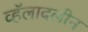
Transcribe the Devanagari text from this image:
व्हॅलादलीन